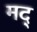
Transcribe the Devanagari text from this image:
मद्